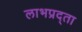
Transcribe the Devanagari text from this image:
लाभप्रद्ता